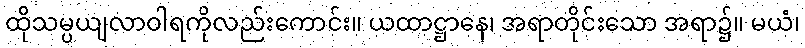
ထိုသမ္ပယျလာဝါရကိုလည်းကောင်း။ ယထာဋ္ဌာနေ၊ အရာတိုင်းသော အရာ၌။ မယံ၊